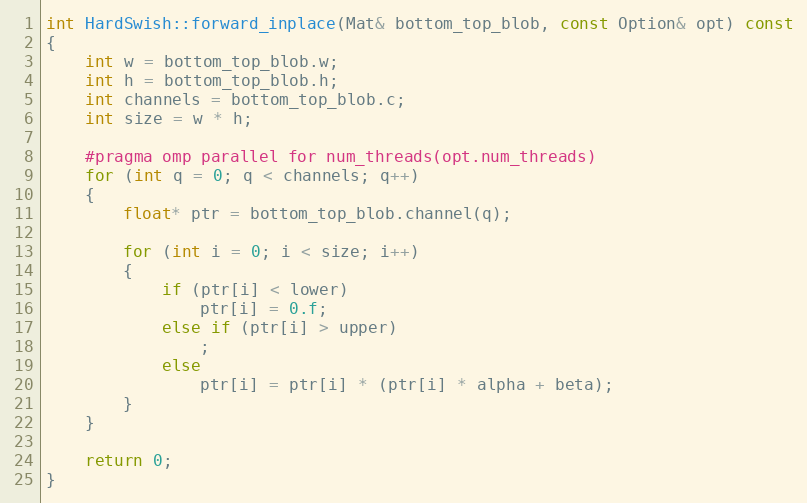
Language: C++
int HardSwish::forward_inplace(Mat& bottom_top_blob, const Option& opt) const
{
    int w = bottom_top_blob.w;
    int h = bottom_top_blob.h;
    int channels = bottom_top_blob.c;
    int size = w * h;

    #pragma omp parallel for num_threads(opt.num_threads)
    for (int q = 0; q < channels; q++)
    {
        float* ptr = bottom_top_blob.channel(q);

        for (int i = 0; i < size; i++)
        {
            if (ptr[i] < lower)
                ptr[i] = 0.f;
            else if (ptr[i] > upper)
                ;
            else
                ptr[i] = ptr[i] * (ptr[i] * alpha + beta);
        }
    }

    return 0;
}